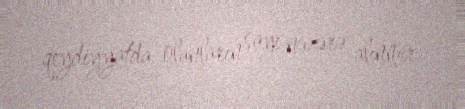
qeydiyyatda olanların sayı nəzərə alınmır.